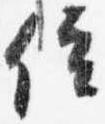
位